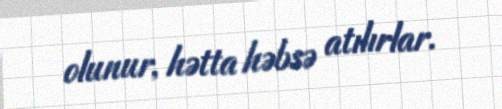
olunur, hətta həbsə atılırlar.